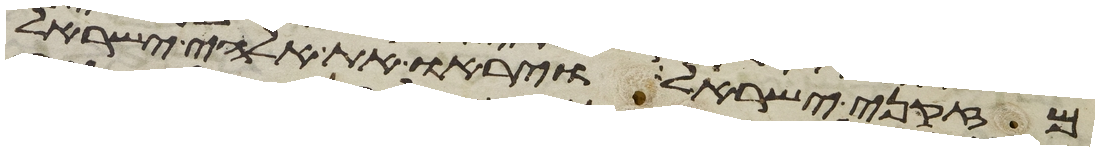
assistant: מזקני ישראל ויראו את אלהי ישראל